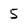
Character: 5